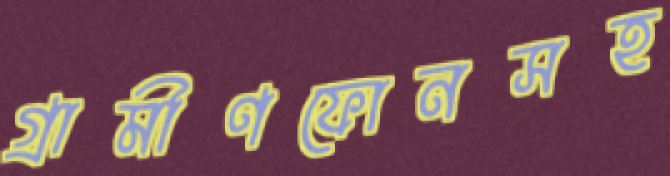
গ্রামীণফোনসহ